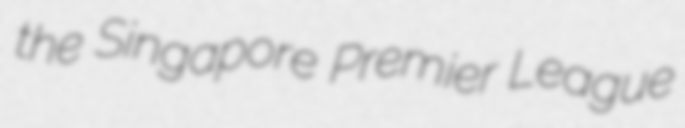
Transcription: the Singapore Premier League